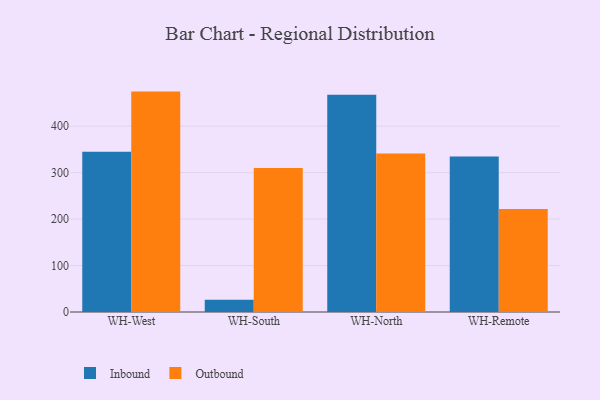
{"axis": {"x": "Warehouse", "y": "Active Users"}, "legend": ["Inbound", "Outbound"], "data": [{"x": "WH-West", "y": 344.8, "type": "Inbound"}, {"x": "WH-West", "y": 474.4, "type": "Outbound"}, {"x": "WH-South", "y": 26.5, "type": "Inbound"}, {"x": "WH-South", "y": 309.9, "type": "Outbound"}, {"x": "WH-North", "y": 467.6, "type": "Inbound"}, {"x": "WH-North", "y": 341.3, "type": "Outbound"}, {"x": "WH-Remote", "y": 334.9, "type": "Inbound"}, {"x": "WH-Remote", "y": 221.9, "type": "Outbound"}]}